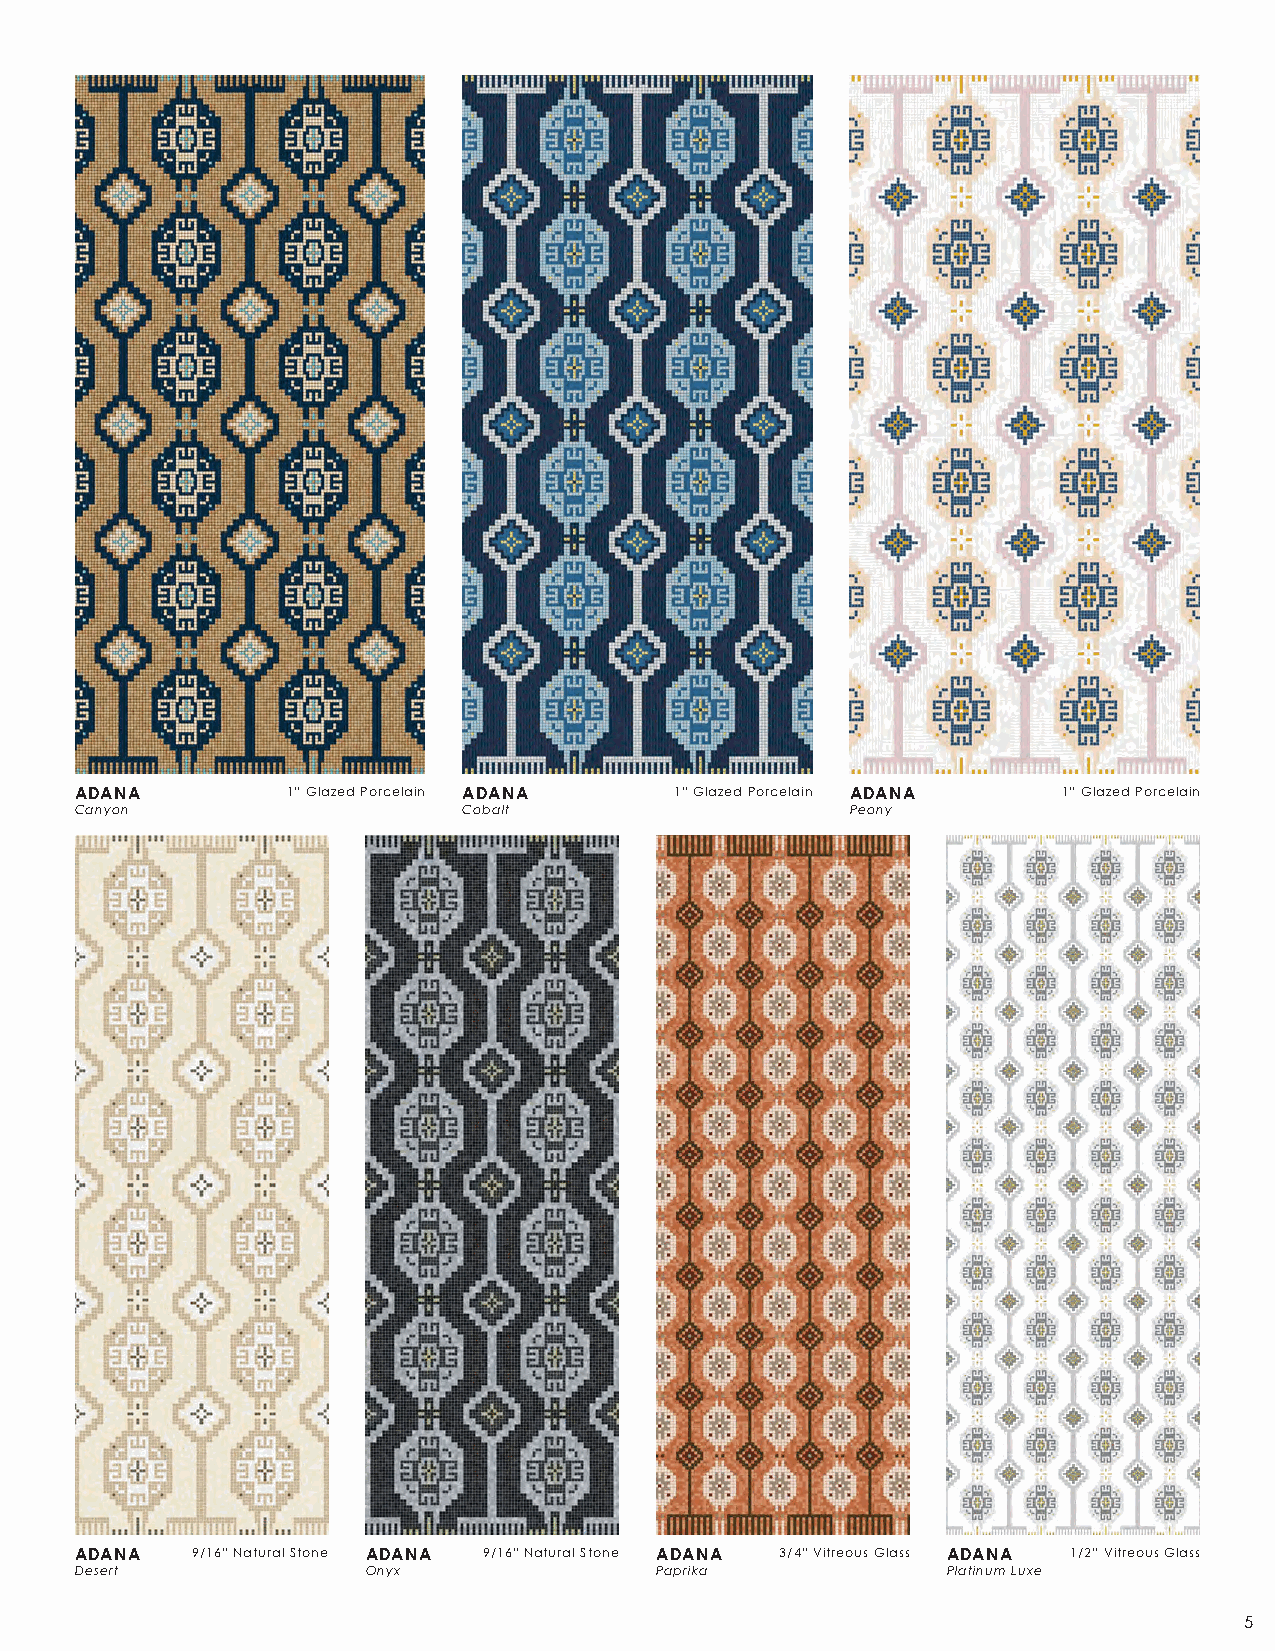
ADANA         1” Glazed Porcelain ADANA 1” Glazed Porcelain ADANA 1” Glazed Porcelain
 Canyon                    Cobalt                   Peony
 ADANA   9/16” Natural Stone ADANA 9/16” Natural Stone ADANA 3/4” Vitreous Glass ADANA 1/2” Vitreous Glass
 Desert             Onyx               Paprika             Platinum Luxe
 5